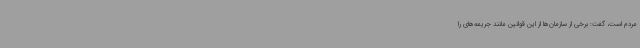
مردم است، گفت: برخی از سازمان‌ها از این قوانین مانند جریمه‌های را